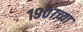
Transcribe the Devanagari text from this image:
१९०७च्या